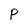
Character: p